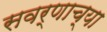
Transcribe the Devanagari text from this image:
सवर्णाच्या